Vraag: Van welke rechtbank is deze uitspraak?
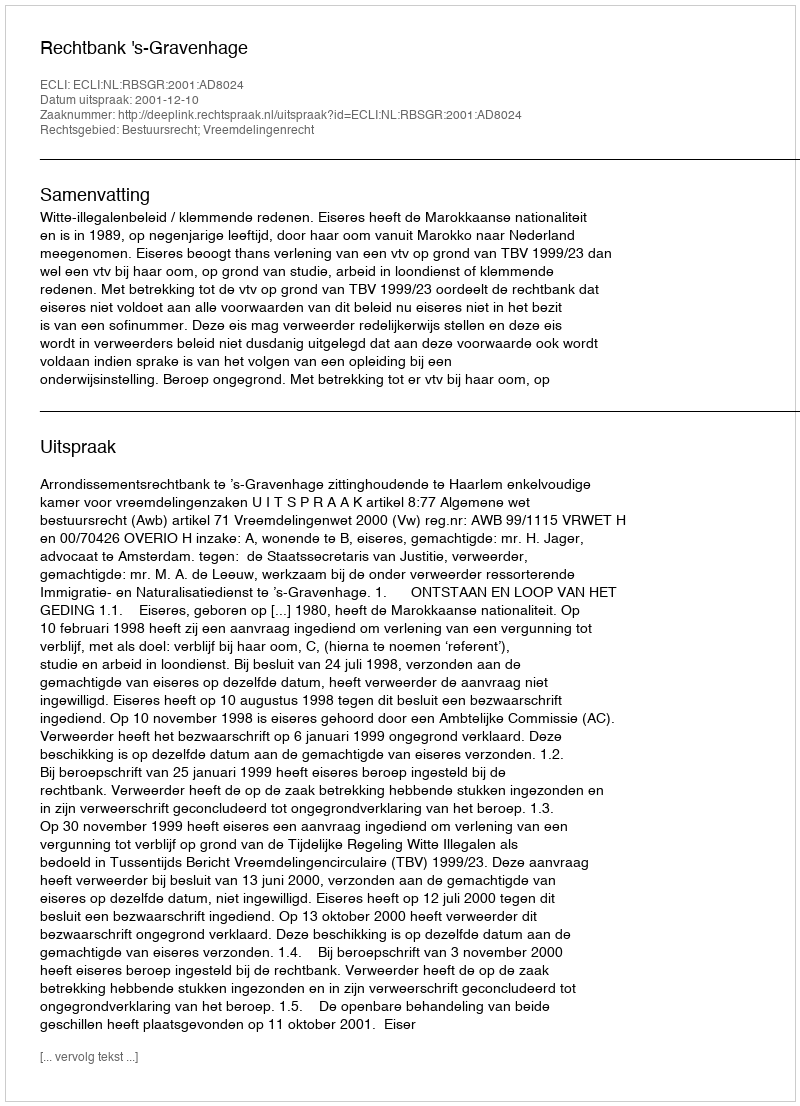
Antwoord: Rechtbank 's-Gravenhage